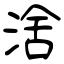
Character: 涻